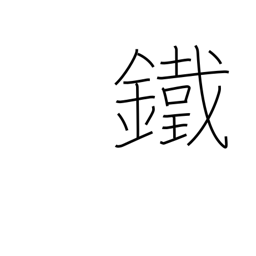
Meaning: iron